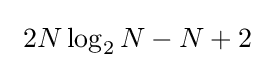
~2N\log _{2}N-N+2~